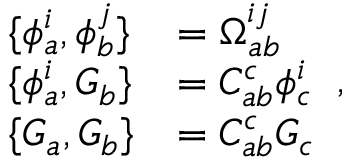
\begin{array} { l l } { { \{ \phi _ { a } ^ { i } , \phi _ { b } ^ { j } \} } } & { { = \Omega _ { a b } ^ { i j } } } \\ { { \{ \phi _ { a } ^ { i } , G _ { b } \} } } & { { = C _ { a b } ^ { c } \phi _ { c } ^ { i } } } \\ { { \{ G _ { a } , G _ { b } \} } } & { { = C _ { a b } ^ { c } G _ { c } } } \end{array} ,